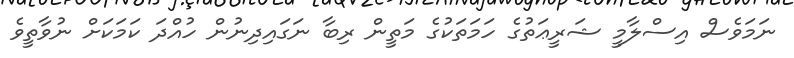
ނަމަވެސް އިސްލާމީ ޝަރީޢަތުގެ ހަމަތަކުގެ މަތީން ރިބާ ނަގައިދިނުން ހުއްދަ ކަމަކަށް ނުވާތީވެ